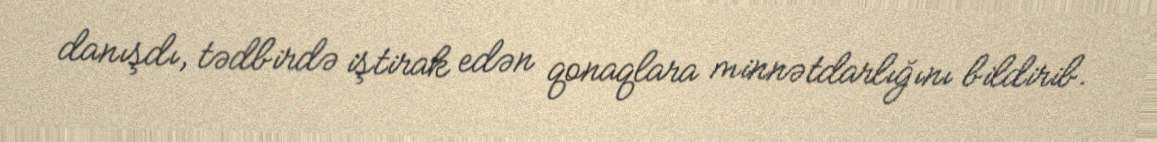
danışdı, tədbirdə iştirak edən qonaqlara minnətdarlığını bildirib.